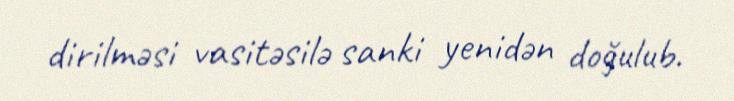
dirilməsi vasitəsilə sanki yenidən doğulub.